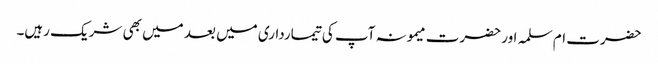
حضرت ام سلمہ اور حضرت میمونہ آپ کی تیمارداری میں بعد میں بھی شریک رہیں۔